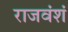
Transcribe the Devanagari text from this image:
राजवंशं